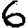
Digit: 6